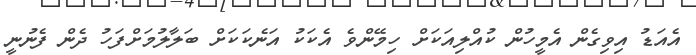
އެއަޑު އިވިގެން އެމީހުން ކުއްލިއަކަށް ހިމޭންވެ އެކަކު އަނެކަކަށް ބަލާލުމަށްފަހު ދެން ފެނުނީ